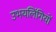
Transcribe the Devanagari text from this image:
उभयलिंगियों